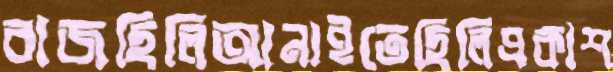
বাজছিলিআনাইতেছিলিপ্রকাশ